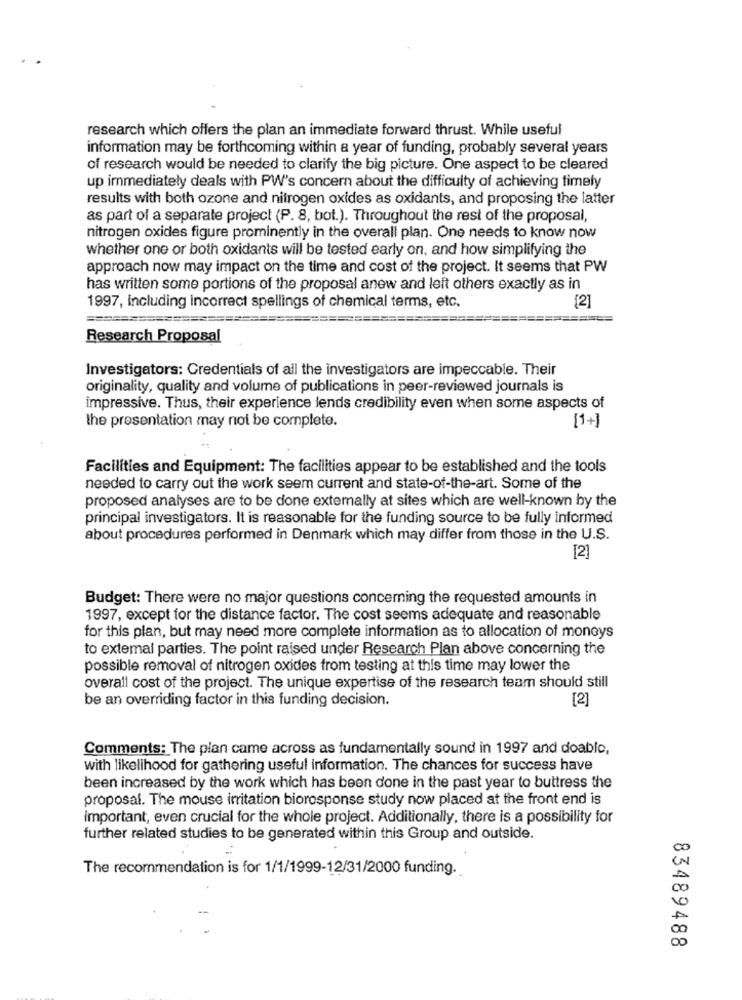
research which offers the plan an immediate forward thrust. While useful
information may be forthcoming within a year of funding, probably several years
of research would be needed to clarify the big picture. One aspect to be cleared
up immediately deals with PW's concern about the difficulty of achieving timely
results with both ozone and nitrogen oxides as oxidants, and proposing the latter
as part of a separate project (P. 8, bot.). Throughout the rest of the proposal,
nitrogen oxides figure prominently in the overall plan. One needs to know now
whether one or both oxidants will be tested early on, and how simplifying the
approach now may impact on the time and cost of the project. It seems that PW
has written some portions of the proposal anew and left others exactly as in
1997, Including incorrect spellings of chemical terms, etc.
[2]
Research Proposal
Investigators: Credentials of all the investigators are impeccable. Their
originality, quality and volume of publications in peer-reviewed journals is
impressive. Thus, their experience lends credibility even when some aspects of
the presentation may not be complete.
[1+]
Facilities and Equipment: The facilities appear to be established and the tools
needed to carry out the work seem current and state-of-the-art. Some of the
proposed analyses are to be done externally at sites which are well-known by the
principal investigators. It is reasonable for the funding source to be fully informed
about procedures performed in Denmark which may differ from those in the U.S.
[2]
Budget: There were no major questions concerning the requested amounts in
1997, except for the distance factor. The cost seems adequate and reasonable
for this plan, but may need more complete information as to allocation of moneys
to extemal parties. The point raised under Research Plan above concerning the
possible removal of nitrogen oxides from testing at this time may lower the
overall cost of the project. The unique expertise of the research team should still
be an overriding factor in this funding decision.
[2]
Comments: The plan came across as fundamentally sound in 1997 and doable,
with likelihood for gathering useful information. The chances for success have
been increased by the work which has been done in the past year to buttress the
proposal. The mouse irritation bioresponse study now placed at the front end is
important, even crucial for the whole project. Additionally, there is a possibility for
further related studies to be generated within this Group and outside.
The recommendation is for 1/1/1999-12/31/2000 funding.
83489488